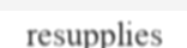
resupplies